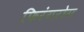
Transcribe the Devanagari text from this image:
फिरंगरोग